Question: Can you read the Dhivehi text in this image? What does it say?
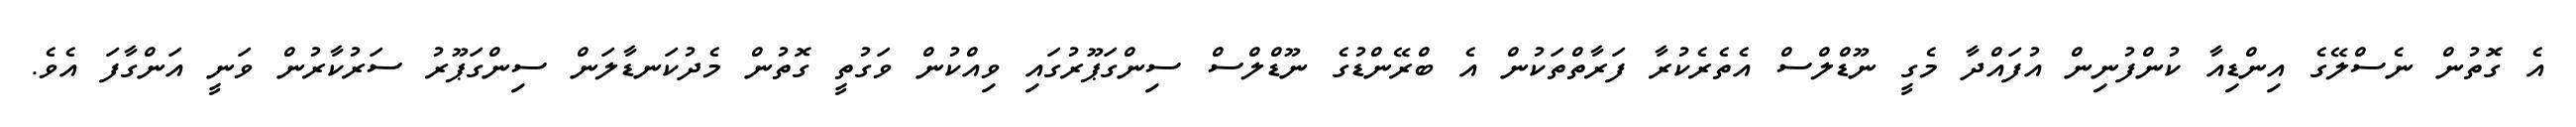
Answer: އެ ގޮތުން ނެސްލޭގެ އިންޑިއާ ކުންފުނިން އުފައްދާ މެގީ ނޫޑްލްސް އެތެރެކުރާ ފަރާތްތަކުން އެ ބްރޭންޑުގެ ނޫޑްލްސް ސިންގަޕޫރުގައި ވިއްކުން ވަގުތީ ގޮތުން މެދުކަނޑާލަން ސިންގަޕޫރު ސަރުކާރުން ވަނީ އަންގާފަ އެވެ.